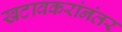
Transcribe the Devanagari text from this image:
खटावकरांनंतर